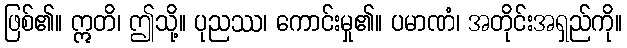
ဖြစ်၏။ ဣတိ၊ ဤသို့။ ပုညဿ၊ ကောင်းမှု၏။ ပမာဏံ၊ အတိုင်းအရှည်ကို။